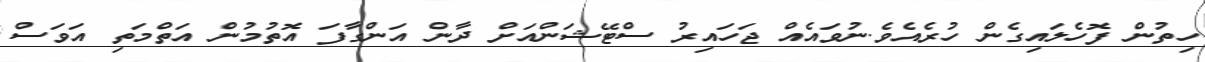
ހިތުން ފޮހެލައިގެން ހުރެއެވެ.ނުވައެއް ޖަހައިރު ސްޓޭޝަންއަށް ދާން އަންގާފަ އޮތުމުން އަތްމަތި އަވަސް